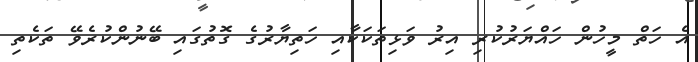
އެ ހަތް މީހުން ހައްޔަރުކުރި އިރު ވަޅިތަކަކާއި ހަތިޔާރުގެ ގޮތުގައި ބޭނުންކުރެވޭ ތަކެތި